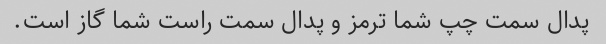
پدال سمت چپ شما ترمز و پدال سمت راست شما گاز است.